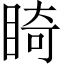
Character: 𥇚